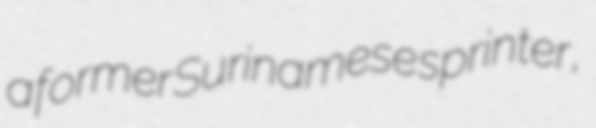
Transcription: a former Surinamese sprinter,